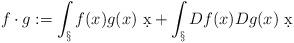
LaTeX: \begin{align*}f\cdot g := \int_\S f(x)g(x)\ \d x + \int_\S Df(x) Dg(x)\ \d x\end{align*}